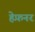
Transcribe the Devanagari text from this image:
हेफ़नर